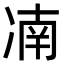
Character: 㓓